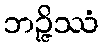
ဘဉ္ဇိဿံ